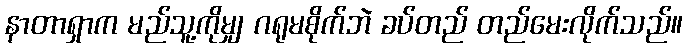
နာတာရှာက မည်သူ့ကိုမျှ ဂရုမစိုက်ဘဲ ခပ်တည် တည်မေးလိုက်သည်။